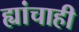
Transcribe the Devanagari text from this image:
ह्यांचाही